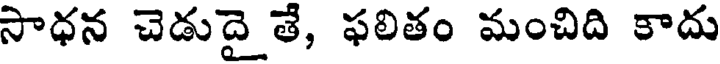
సాధన చెడుదై తే, ఫలితం మంచిది కాదు